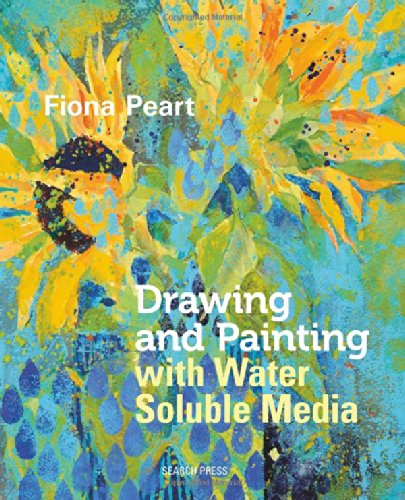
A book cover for Drawing and Painting with Watersoluble Media; Fiona Peart; Arts & Photography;